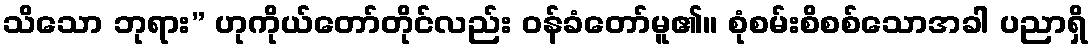
သိသော ဘုရား” ဟုကိုယ်တော်တိုင်လည်း ဝန်ခံတော်မူ၏။ စုံစမ်းစိစစ်သောအခါ ပညာရှိ